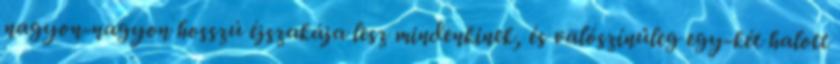
nagyon-nagyon hosszú éjszakája lesz mindenkinek, és valószínűleg egy-két halott